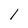
Character: l